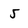
Character: 5